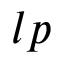
l p